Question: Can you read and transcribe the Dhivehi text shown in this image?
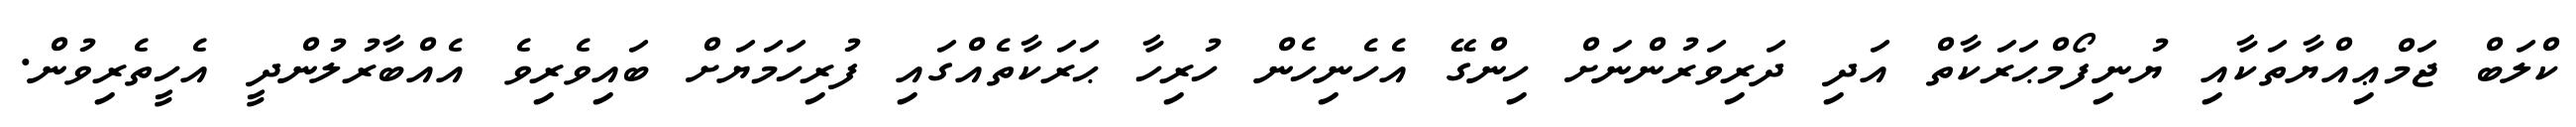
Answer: ކްލަބް ޖަމްޢިއްޔާތަކާއި ޔުނިފޯމްޙަރަކާތް އަދި ދަރިވަރުންނަށް ހިންގޭ އެހެނިހެން ހުރިހާ ޙަރަކާތެއްގައި ފުރިހަމަޔަށް ބައިވެރިވެ އެއްބާރުލުންދީ އެހީތެރިވުން.